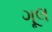
ગૂલ